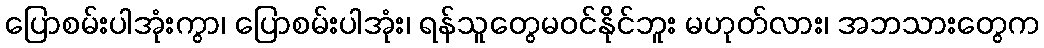
ပြောစမ်းပါအုံးကွာ၊ ပြောစမ်းပါအုံး၊ ရန်သူတွေမဝင်နိုင်ဘူး မဟုတ်လား၊ အဘသားတွေက